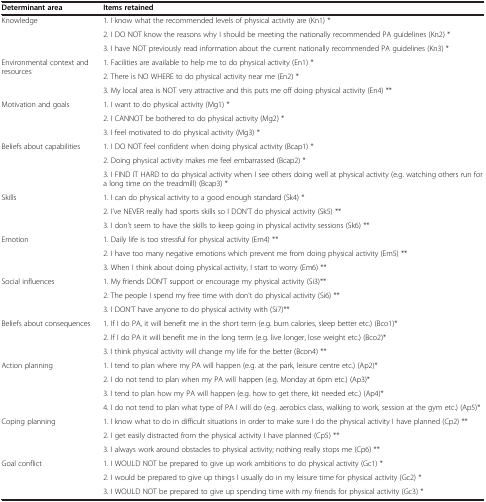
<table><thead><tr><td><b>Determinant area</b></td><td><b>Items retained</b></td></tr></thead><tbody><tr><td rowspan="3">Knowledge</td><td>1. I know what the recommended levels of physical activity are (Kn1) *</td></tr><tr><td>2. I DO NOT know the reasons why I should be meeting the nationally recommended PA guidelines (Kn2) *</td></tr><tr><td>3. I have NOT previously read information about the current nationally recommended PA guidelines (Kn3) *</td></tr><tr><td rowspan="3">Environmental context and resources</td><td>1. Facilities are available to help me to do physical activity (En1) *</td></tr><tr><td>2. There is NO WHERE to do physical activity near me (En2) *</td></tr><tr><td>3. My local area is NOT very attractive and this puts me off doing physical activity (En4) **</td></tr><tr><td rowspan="3">Motivation and goals</td><td>1. I want to do physical activity (Mg1) *</td></tr><tr><td>2. I CANNOT be bothered to do physical activity (Mg2) *</td></tr><tr><td>3. I feel motivated to do physical activity (Mg3) *</td></tr><tr><td rowspan="3">Beliefs about capabilities</td><td>1. I DO NOT feel confident when doing physical activity (Bcap1) *</td></tr><tr><td>2. Doing physical activity makes me feel embarrassed (Bcap2) *</td></tr><tr><td>3. I FIND IT HARD to do physical activity when I see others doing well at physical activity (e.g. watching others run for a long time on the treadmill) (Bcap3) *</td></tr><tr><td rowspan="3">Skills</td><td>1. I can do physical activity to a good enough standard (Sk4) *</td></tr><tr><td>2. I’ve NEVER really had sports skills so I DON’T do physical activity (Sk5) **</td></tr><tr><td>3. I don’t seem to have the skills to keep going in physical activity sessions (Sk6) **</td></tr><tr><td rowspan="3">Emotion</td><td>1. Daily life is too stressful for physical activity (Em4) **</td></tr><tr><td>2. I have too many negative emotions which prevent me from doing physical activity (Em5) **</td></tr><tr><td>3. When I think about doing physical activity, I start to worry (Em6) **</td></tr><tr><td rowspan="3">Social influences</td><td>1. My friends DON’T support or encourage my physical activity (Si3)**</td></tr><tr><td>2. The people I spend my free time with don’t do physical activity (Si6) **</td></tr><tr><td>3. I DON’T have anyone to do physical activity with (Si7)**</td></tr><tr><td rowspan="3">Beliefs about consequences</td><td>1. If I do PA, it will benefit me in the short term (e.g. burn calories, sleep better etc.) (Bco1)*</td></tr><tr><td>2. If I do PA it will benefit me in the long term (e.g. live longer, lose weight etc.) (Bco2)*</td></tr><tr><td>3. I think physical activity will change my life for the better (Bcon4) **</td></tr><tr><td rowspan="4">Action planning</td><td>1. I tend to plan where my PA will happen (e.g. at the park, leisure centre etc.) (Ap2)*</td></tr><tr><td>2. I do not tend to plan when my PA will happen (e.g. Monday at 6pm etc.) (Ap3)*</td></tr><tr><td>3. I tend to plan how my PA will happen (e.g. how to get there, kit needed etc.) (Ap4)*</td></tr><tr><td>4. I do not tend to plan what type of PA I will do (e.g. aerobics class, walking to work, session at the gym etc.) (Ap5)*</td></tr><tr><td rowspan="3">Coping planning</td><td>1. I know what to do in difficult situations in order to make sure I do the physical activity I have planned (Cp2) **</td></tr><tr><td>2. I get easily distracted from the physical activity I have planned (Cp5) **</td></tr><tr><td>3. I always work around obstacles to physical activity; nothing really stops me (Cp6) **</td></tr><tr><td>Goal conflict</td><td>1. I WOULD NOT be prepared to give up work ambitions to do physical activity (Gc1) *</td></tr><tr><td> </td><td>2. I would be prepared to give up things I usually do in my leisure time for physical activity (Gc2) *</td></tr><tr><td> </td><td>3. I WOULD NOT be prepared to give up spending time with my friends for physical activity (Gc3) *</td></tr></tbody></table>